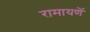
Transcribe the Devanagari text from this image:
रामायणें